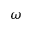
\omega